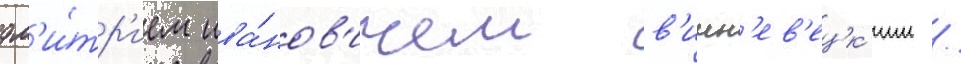
дм'и́тр'ием ива́нов'ичем в'ишн'ев'ецк'им /